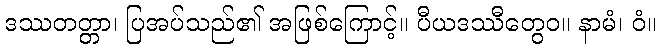
ဒဿတတ္တာ၊ ပြအပ်သည်၏ အဖြစ်ကြောင့်။ ပီယဒဿီတွေဝ။ နာမံ၊ ဝံ။